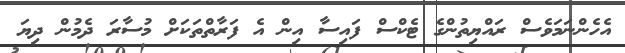
އެހެންނަމަވެސް ރައްޔިތުންގެ ޓެކްސް ފައިސާ އިން އެ ފަރާތްތަކަށް މުސާރަ ދެމުން ދިޔަ